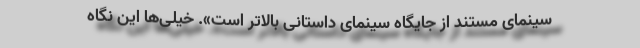
سینمای مستند از جایگاه سینمای داستانی بالاتر است». خیلی‌ها این نگاه